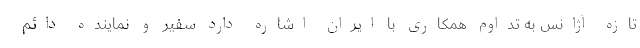
تازه آژانس به تداوم همکاری با ایران اشاره دارد سفیر و نماینده دائم